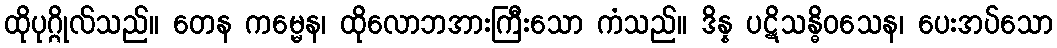
ထိုပုဂ္ဂိုလ်သည်။ တေန ကမ္မေန၊ ထိုလောဘအားကြီးသော ကံသည်။ ဒိန္န ပဋိသန္ဓိဝသေန၊ ပေးအပ်သော